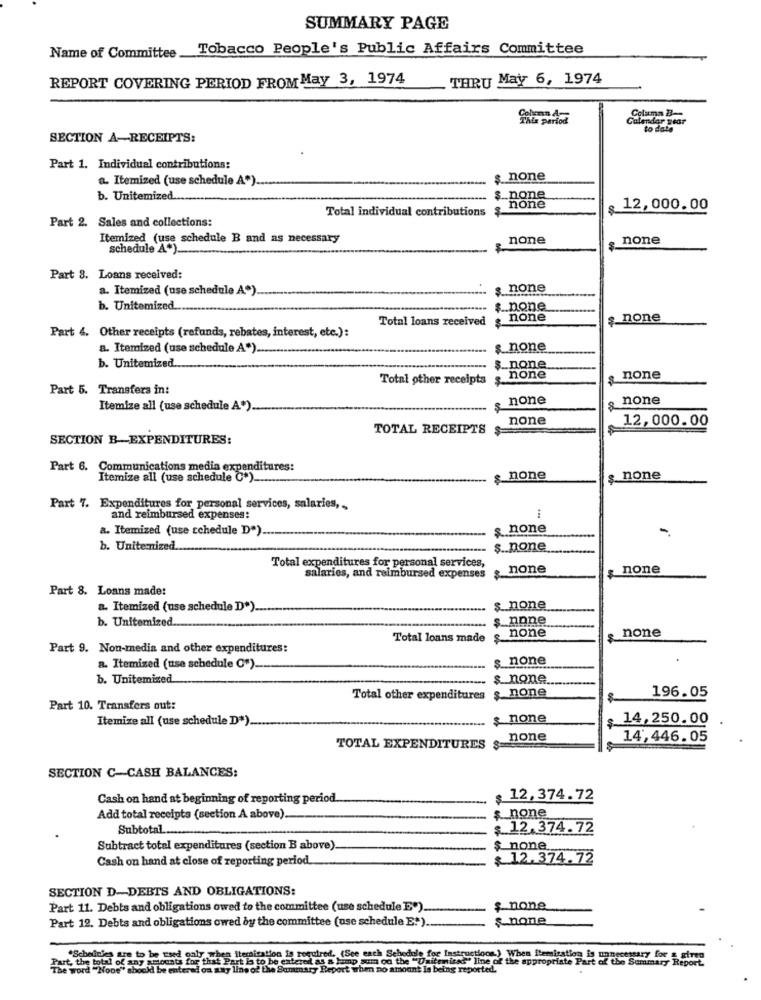
SUMMARY PAGE
Name of Committee Tobacco People's Public Affairs Committee
REPORT COVERING PERIOD FROM May 3, 1974
THRU May 6, 1974
Colama 23-
Coluna 4
Calendar year
to date
SECTION A-RECEIPTS:
Part 1. Individual contributions:
a. Itemized (use schedule A").
$_ none
b. Unitemized ...
_none
Total individual contributions
none
12,000.00
Part 2. Sales and collections:
Itemized (use schedule B and as necessary
none
none
schedule A+) __
Part 8. Loans received:
a. Itemized (use schedule A*).
$ none
b. Unitemized ...
.. none
Total loans received
none
none
Part 4. Other receipts (refunds, rebates, interest, etc.):
a. Itemized (use schedule A") ..
_none
b. Unitemized
_none
Total other receipts
none
none
Part 5. Transfers in:
none
none
Itemize all (use schedule A*).
none
12,000.00
TOTAL RECEIPTS
SECTION B-EXPENDITURES:
Part 6. Communications media expenditures:
Itemize all (use schedule C+)
none
$ none
Part 7. Expenditures for personal services, salaries ,.
and reimbursed expenses:
a. Itemized (use schedule D").
$ none
-
b. Unitemized.
s .. none
Total expenditures for personal services,
none
, none
salaries, and reimbursed expenses
Part 8. Loans made:
a. Itemized (use schedule D").
$_ none
b. Unitemized.
$_none
none
none
Total loans made $
Part 9. Non-media and other expenditures:
$_none
a. Itemized (use schedule C").
b. Unitemized
$. none
Total other expenditures
none
196.05
Part 10. Transfers out:
Itemize all (use schedule D*)
none
$ 14,250.00
none
14,446.05
TOTAL EXPENDITURES $=
SECTION C-CASH BALANCES:
Cash on hand at beginning of reporting period.
$ 12,374.72
none
Add total receipts (section A above).
Subtotal
$12,374.72
Subtract total expenditures (section B above)
$ none.
Cash on hand at close of reporting period
$ 12.374.72
SECTION D-DEBTS AND OBLIGATIONS:
Part 11. Debts and obligations owed to the committee (use schedule E")
$ none
Part 12. Debts and obligations owed by the committee (use schedule E")
none
Part, the total off
7.when Iteraication is required. (See each Schedule for Instructions.) When itemization is unnecessary for & girou
tarel as a lump sum od the "Unitenica" line of the appropriate Part of the Summary Report.
The word "None" should
·Schetimes are to be bens for that Part la to be Ca
vad on any line of the
unary Report when no amount Is being reported.